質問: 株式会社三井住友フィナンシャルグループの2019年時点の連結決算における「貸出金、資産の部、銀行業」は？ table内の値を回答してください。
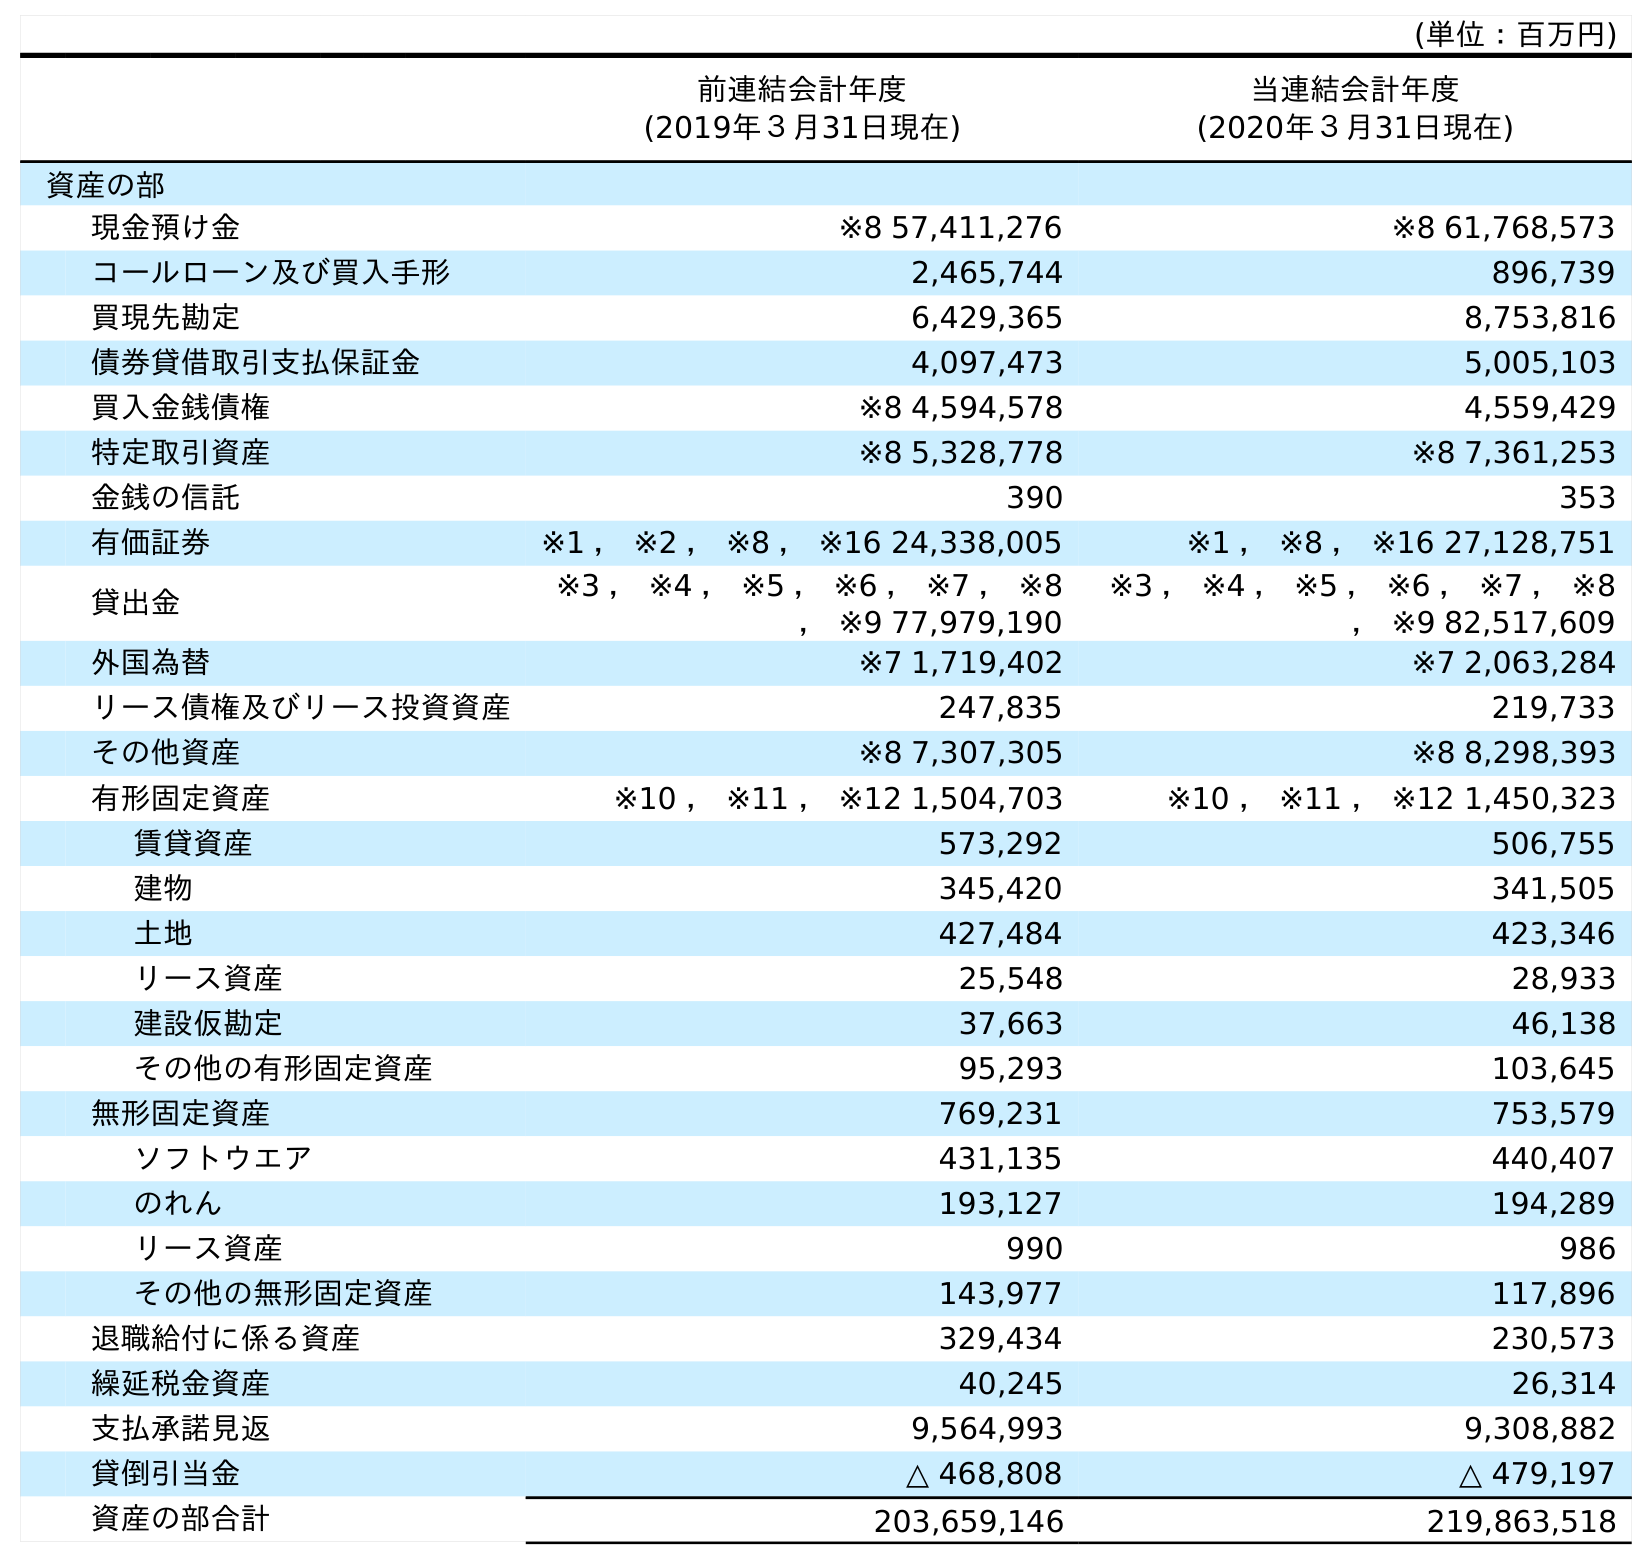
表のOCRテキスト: (単位：百万円) 前連結会計年度 (2019年３月31日現在) 当連結会計年度 (2020年３月31日現在) 資産の部 現金預け金 ※8 57,411,276 ※8 61,768,573 コールローン及び買入手形 2,465,744 896,739 買現先勘定 6,429,365 8,753,816 債券貸借取引支払保証金 4,097,473 5,005,103 買入金銭債権 ※8 4,594,578 4,559,429 特定取引資産 ※8 5,328,778 ※8 7,361,253 金銭の信託 390 353 有価証券 ※1 ， ※2 ， ※8 ， ※16 24,338,005 ※1 ， ※8 ， ※16 27,128,751 貸出金 ※3 ， ※4 ， ※5 ， ※6 ， ※7 ， ※8 ， ※9 77,979,190 ※3 ， ※4 ， ※5 ， ※6 ， ※7 ， ※8 ， ※9 82,517,609 外国為替 ※7 1,719,402 ※7 2,063,284 リース債権及びリース投資資産 247,835 219,733 その他資産 ※8 7,307,305 ※8 8,298,393 有形固定資産 ※10 ， ※11 ， ※12 1,504,703 ※10 ， ※11 ， ※12 1,450,323 賃貸資産 573,292 506,755 建物 345,420 341,505 土地 427,484 423,346 リース資産 25,548 28,933 建設仮勘定 37,663 46,138 その他の有形固定資産 95,293 103,645 無形固定資産 769,231 753,579 ソフトウエア 431,135 440,407 のれん 193,127 194,289 リース資産 990 986 その他の無形固定資産 143,977 117,896 退職給付に係る資産 329,434 230,573 繰延税金資産 40,245 26,314 支払承諾見返 9,564,993 9,308,882 貸倒引当金 △ 468,808 △ 479,197 資産の部合計 203,659,146 219,863,518
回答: ※3，※4，※5，※6，※7，※8，※977,979,190